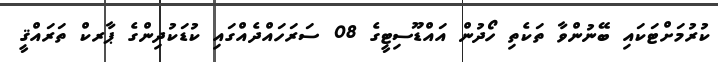
ކުރުމަށްޓަކައި ބޭނުންވާ ތަކެތި ހޯދުން އައްޑޫސިޓީގެ 08 ސަރަހައްދެއްގައި ކުޑަކުދިންގެ ޕާރކް ތަރައްޤީ